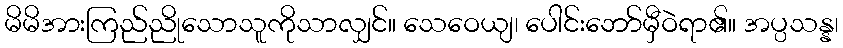
မိမိအားကြည်ညိုသောသူကိုသာလျှင်။ သေဝေယျ၊ ပေါင်းဘော်မှီဝဲရာ၏။ အပ္ပသန္န၊